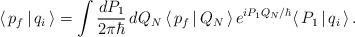
LaTeX: \begin{align*}\langle \, p_f \, | \, q_i \, \rangle =\int \frac{ dP_1 }{ 2 \pi \hbar } \, dQ_N \,\langle \, p_f \, | \, Q_N \, \rangle \, e^{i P_1 Q_N / \hbar }\langle \, P_1 \, | \, q_i \, \rangle\, .\end{align*}